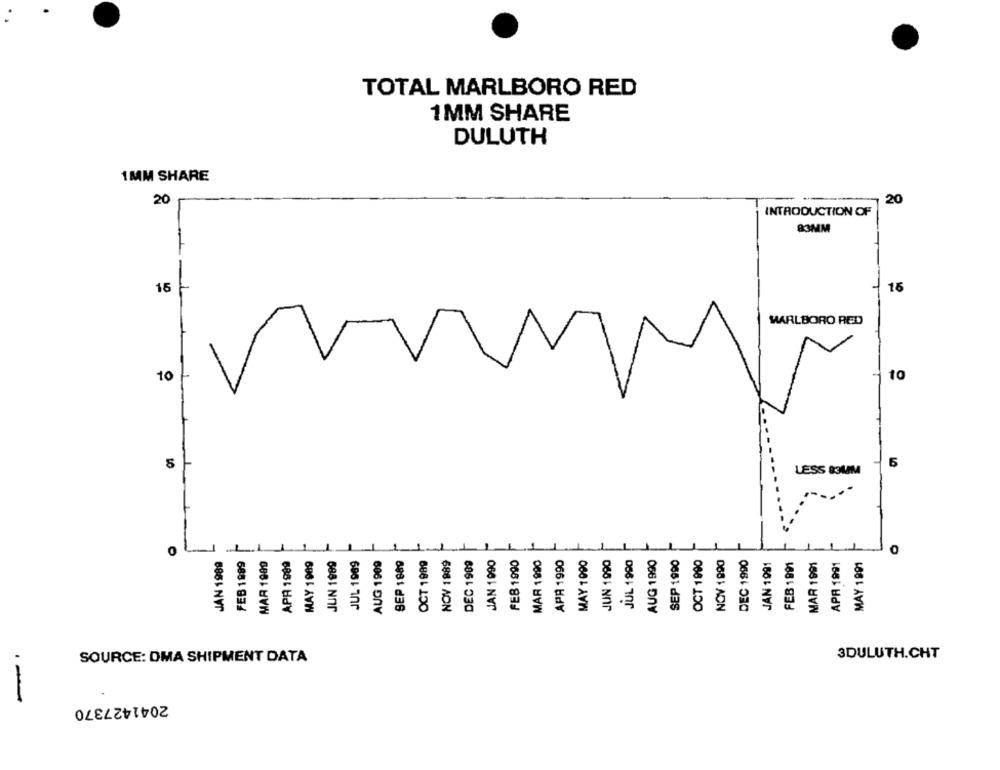
TOTAL MARLBORO RED
1MM SHARE
DULUTH
1MM SHARE
20
20
INTRODUCTION OF
83MM
15
15
MARLBORO RED
10
10
5
LESS 83MM
0
JAN 1989
APR 1989
JUN 1989
JUL 1989
AUG 1999
SEP 1889
OCT 1989
NOV 1989
DEC 1909
JAN 1990
FEB 1990
MAR 1990
APA 1990
MAY 1090
JUN 1990
JUL 1990
AUG 1990
SEP 1990
OCT 1990
NOV 1990
DEC 1990
JAN 1991
FEB 1991
MAR 1991
APR 1991
MAY 1991
FEB 1989
MAR 1909
MAY 1009
-
3DULUTH.CHT
SOURCE: OMA SHIPMENT DATA
2041427370